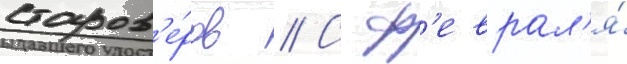
старов'е́ров // С ф'еврал'я́